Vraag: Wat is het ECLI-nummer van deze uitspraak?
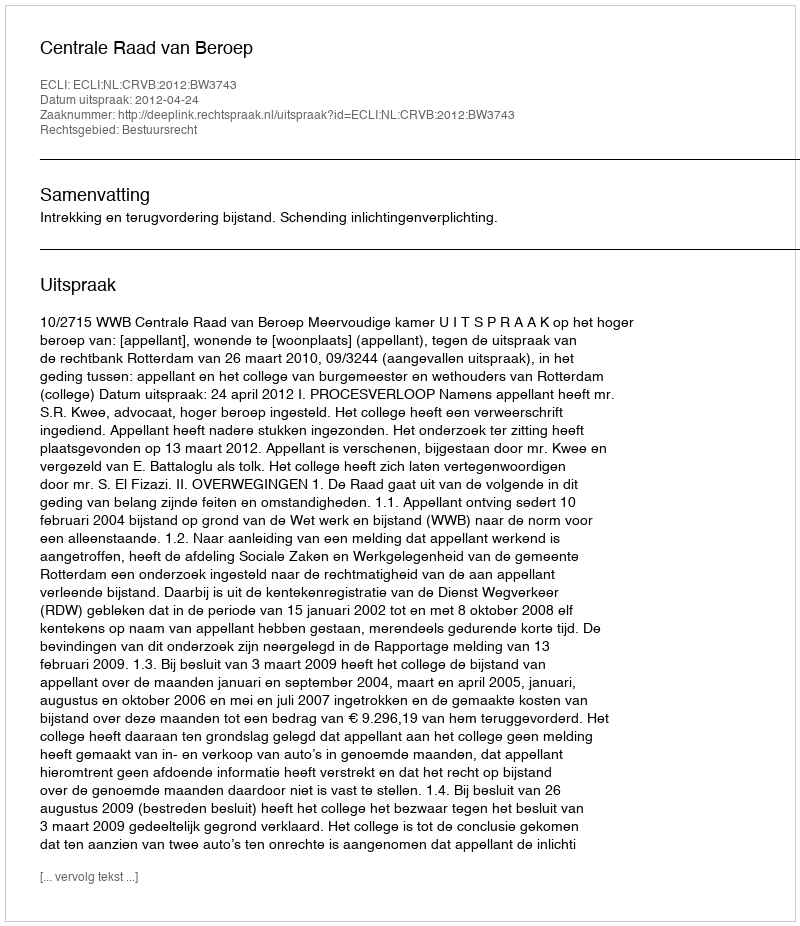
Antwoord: ECLI:NL:CRVB:2012:BW3743